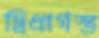
দ্বিধাগস্ত